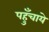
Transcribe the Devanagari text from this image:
पहुँचाये